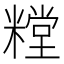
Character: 糛